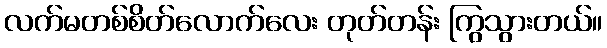
လက်မတစ်စိတ်လောက်လေး တုတ်တန်း ကြွသွားတယ်။